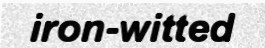
iron-witted